Report on sanitation, dispensaries, and jails in Rajputana for 1910, and on vaccination for the year 1910-1911 - 1910-1911
Year: 1910
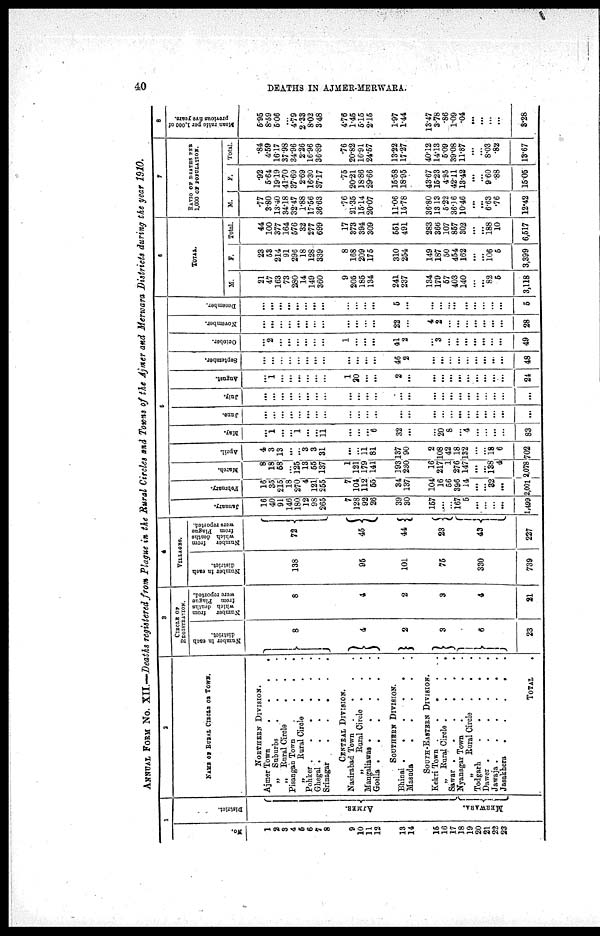
40
DEATHS IN AJMER-MERWARA.
ANNUAL FORM No. XII.—Deaths registered from Plague in the Rural Circles and Towns of the Ajmer and Merwara Districts during the year 1910.
1
No.
1
2
3
4
5
6
7
8
9
10
11
12
13
14
15
16
17
18
19
20
21
22
23
District.
AJMER.
ME R WAR A.
2
NAME OF RURAL CIRCLE OR TOWN.
NORTHERN DIVISION.
Ajmer Town
.
.
.
.
„ Suburbs
.
.
.
„ Rural Circle
. . .
Pisangan Town
.
. . .
„
Rural Circle
. . .
Pohker .
.
.
.
.
.
Ghegal .
.
.
.
.
.
Srinagar
.
.
.
.
.
CENTRAL DIVISION.
Nasirabad Town . . .
„
Rural Circle . . .
Mangaliawas .
.
.
.
.
Goella .
.
.
.
.
.
SOUTHERN DIVISION.
Bhinai .
.
.
.
.
.
Masuda
SOUTH-EASTERN DIVISION.
Kekri Town
Rural Circle .
.
.
.
Sawar .
.
.
.
.
.
Nyanagar Town
.
.
.
.
„
Rural Circle .
. .
Todgarh
.
.
.
.
.
Dawer .
.
.
.
.
.
Jawaja
Jasakhera
.
.
.
.
.
TOTAL .
3
CIRCLE OF
REGISTRATION.
Number in each
district.
8
4
2
3
6
23
Number
from
which deaths
from Plague
were reported.
8
4
2
3
4
21
4
VILLAGES.
Number in each
district.
138
95
101
75
330
739
Number
from
which deaths
from Plague
were reported.
72
45
44
23
43
227
5
January.
16
40
91
146
180
12
98
265
7
128
92
26
39
30
157
...
...
167
5
...
...
...
...
1,499
February.
16
35
215
18
270
4
121
255
7
104
112
55
34
137
104
16
56
396
14
...
...
32
...
2,001
March.
8
18
58
...
125
13
55
137
1
121
179
141
193
230
16
217
1
276
147
...
...
138 4
2,078
April.
4
3
13
...
...
3
3
31
...
...
11
81
137
90
2
108
42
18
132
...
...
18
6
702
May.
...
1
...
...
1
...
...
11
...
...
...
6
32
...
...
20
8
...
4
...
...
...
...
83
June.
...
...
...
...
...
...
...
...
...
...
...
...
...
...
...
...
...
...
...
...
...
...
...
...
July.
...
...
...
...
...
...
...
...
...
...
...
...
...
...
...
...
...
...
...
...
...
...
...
...
August.
...
1
...
...
...
...
...
...
1
20
...
...
2
...
...
...
...
...
...
...
...
...
...
24
September.
...
...
...
...
...
...
...
...
...
...
...
...
46
2
...
...
...
...
...
...
...
...
...
48
October.
...
2
...
...
...
...
...
...
1
...
...
...
41
2
...
3
...
...
...
...
...
...
...
49
November.
...
...
...
...
...
...
...
...
...
...
...
...
22
...
4
2
...
...
...
...
...
...
...
28
December.
...
...
...
...
...
...
...
...
...
...
...
...
5
...
...
...
...
...
...
...
...
...
...
5
6
TOTAL.
M.
21
47
163
73
280
14
149
360
9
205
185
134
241
237
134
179
57
403
140
...
...
82
5
3,118
F.
23
53
214
91
296
18
128
339
8
168
209
175
310
254
149
187
50
454
162
...
...
106
5
3,399
Total.
44
100
377
164
576
32
277
699
17
373
394
309
551
491
283
366
107
857
302
...
...
188
10
6,517
7
RATIO OF DEATHS PER
1,000 OF POPULATION.
M.
.77
3.80
13.40
34.18
32.47
1.88
17.56
36.63
.76
21.35
15.14
20.07
11.06
15.78
36.80
13.13
5.22
36.16
10.46
...
...
6.63
.76
12.42
F.
.92
5.64
19.19
41.70
37.69
2.69
16.30
37.17
.75
20.21
18.86
29.66
15.58
18.95
43.67
15.23
4.95
42.11
13.42
...
...
9.60
88
15.05
Total.
.84
4.59
16.17
37.98
34.96
2.26
16.96
36.89
.76
20.82
16.91
24.57
13.22
17.27
40.12
14.13
5.09
39.08
11.87
...
...
8.03
.82
13.67
8
Mean ratio per 1,000 of
previous five years.
5.95
8.59
5.06
...
4.79
2.33
8.02
3.48
4.76
1.45
5.15
2.15
1.97
1.44
13.47
3.78
.86
1.09
.04
...
...
...
...
3.28